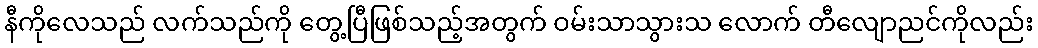
နီကိုလေသည် လက်သည်ကို တွေ့ပြီဖြစ်သည့်အတွက် ဝမ်းသာသွားသ လောက် တီလျောညင်ကိုလည်း